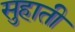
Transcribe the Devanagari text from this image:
सुहाती